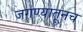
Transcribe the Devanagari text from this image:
जगण्यातूनच